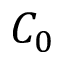
C _ { 0 }